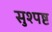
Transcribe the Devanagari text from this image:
सुश्पष्ट